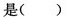
是( )